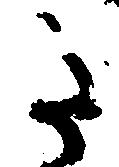
た